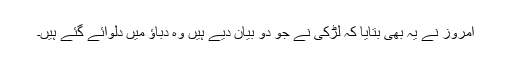
امروز نے یہ بھی بتایا کہ لڑکی نے جو دو بیان دیے ہیں وہ دباؤ میں دلوائے گئے ہیں۔